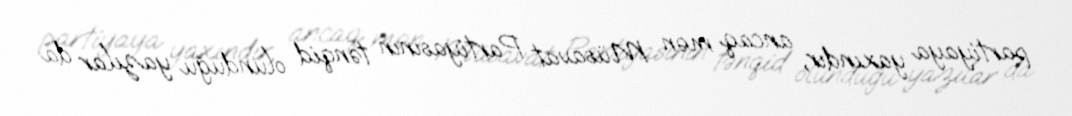
partiyaya yaxındır, ancaq mən Müsavat Partiyasının tənqid olunduğu yazılar da